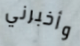
وأخبرني